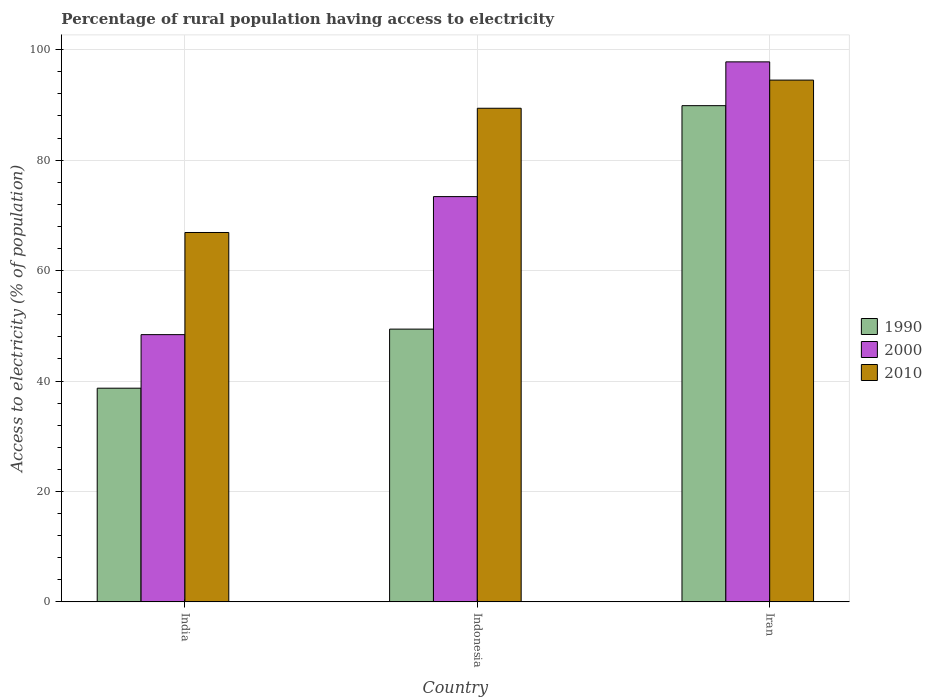
| Country | 1990 | 2000 | 2010 |
 | --- | --- | --- | --- |
 | India | 38.7 | 48.4 | 66.9 |
 | Indonesia | 49.4 | 73.4 | 89.4 |
 | Iran | 89.9 | 97.8 | 94.5 |